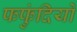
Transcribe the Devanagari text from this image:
फफुंदियों